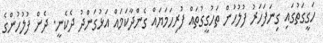
ހަގީގަތުގައި ގިނަފަހަރު ފުލުހުން ތަހުގީގުތައް ފުރިހަމަޔައް ގެންދާކަމައް އަޅުގަންދު ދެކެނީ. ދެން ފުލުހުންގެ